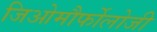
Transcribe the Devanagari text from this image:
जिओमौर्फोलोजी